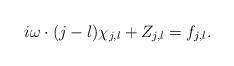
LaTeX: \begin{align*}i\omega \cdot (j-l) \chi_{j,l} + Z_{j,l} &= f_{j,l}.\end{align*}